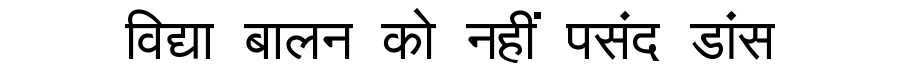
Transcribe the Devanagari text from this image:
विद्या बालन को नहीं पसंद डांस